Anatomy and histology of ticks - Number 23
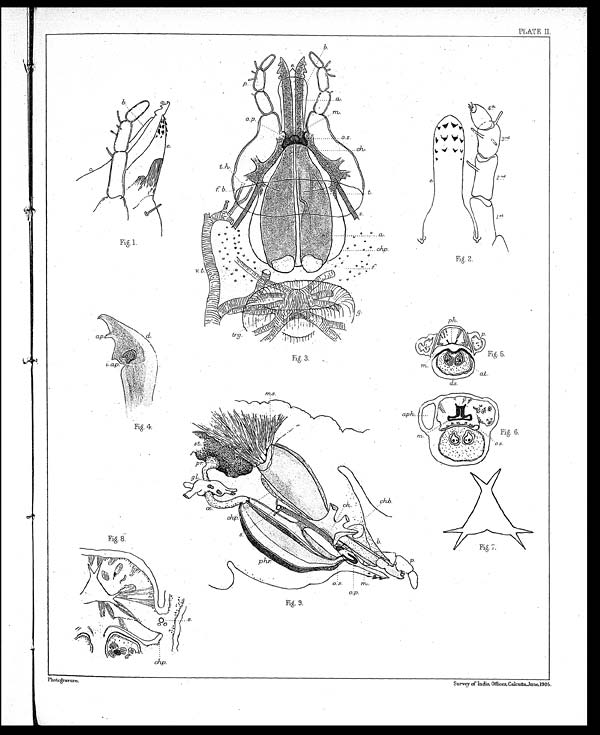
Fig. 2.
Fig.1.
Fig. 9.
Fig. 3.
Fig. 5.
Fig. 4.
Fig. 6.
Fig. 8.
Fig. 7.
Photogravure.
Survey of India. Offices, Calcutta, June, 1905.